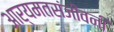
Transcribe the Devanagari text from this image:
आर्यमतसंजीवनी